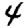
Digit: 4